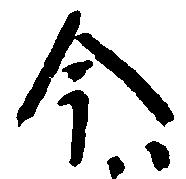
今